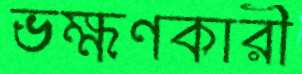
ভক্ষণকারী